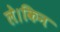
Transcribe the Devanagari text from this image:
ले।किन